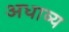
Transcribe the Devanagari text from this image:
अधाव्य